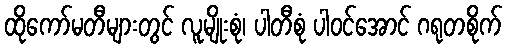
ထိုကော်မတီများတွင် လူမျိုးစုံ၊ ပါတီစုံ ပါဝင်အောင် ဂရုတစိုက်